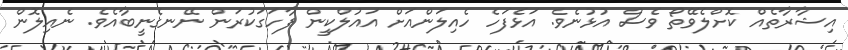
އިޝާރާތެއް ކޮށްލެވޭތޯ ވެސް އުޅުނެވެ. އަޅެފަހެ ހެއިލަންއަށް އައުލްކީން ފާހަގަކުރަން ނޭނގެނީބާއެވެ. ނެއިލޮން